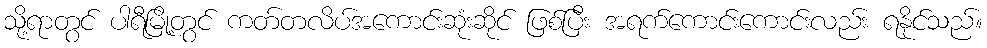
သို့ရာတွင် ပါရီမြို့တွင် ကတ်တလိပ်အကောင်းဆုံးဆိုင် ဖြစ်ပြီး အရက်ကောင်းကောင်းလည်း ရနိုင်သည်။